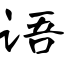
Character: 语